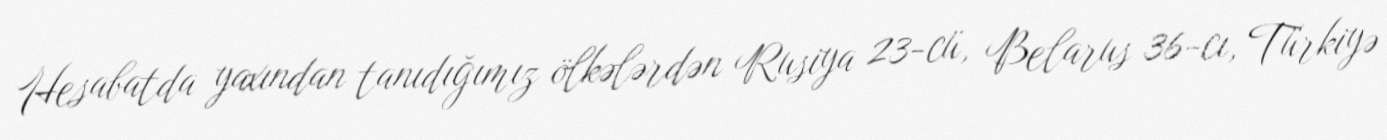
Hesabatda yaxından tanıdığımız ölkələrdən Rusiya 23-cü, Belarus 36-cı, Türkiyə